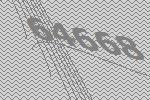
64668